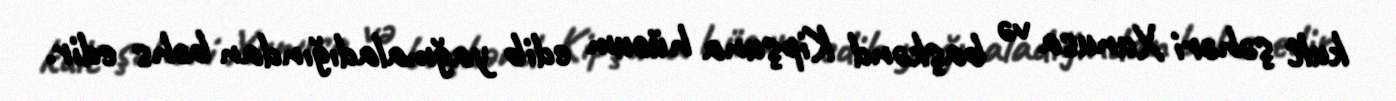
kult şəhəri Xunusa və başkənd Kipşuna hücum edib yağmaladığından bəhs edir.